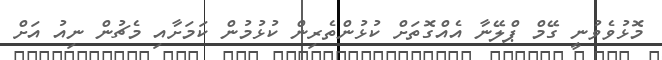
މޮޅުވެވުނީ ގޭމް ޕްލޭނާ އެއްގޮތަށް ކުޅުންތެރިން ކުޅުމުން ކަމަށާއި މެޗުން ނިއު އަށް